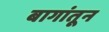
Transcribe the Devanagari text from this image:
बागांतून